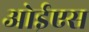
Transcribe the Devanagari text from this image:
ओईएस